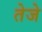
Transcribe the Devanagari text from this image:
तेजे